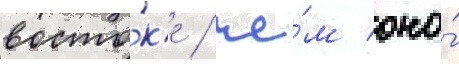
восто́к'е / че́м оно́